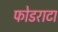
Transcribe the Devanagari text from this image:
फोडराटा